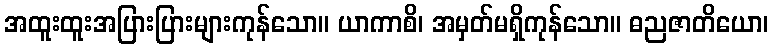
အထူးထူးအပြားပြားများကုန်သော။ ယာကာစိ၊ အမှတ်မရှိကုန်သော။ ဓညဇာတိယော၊